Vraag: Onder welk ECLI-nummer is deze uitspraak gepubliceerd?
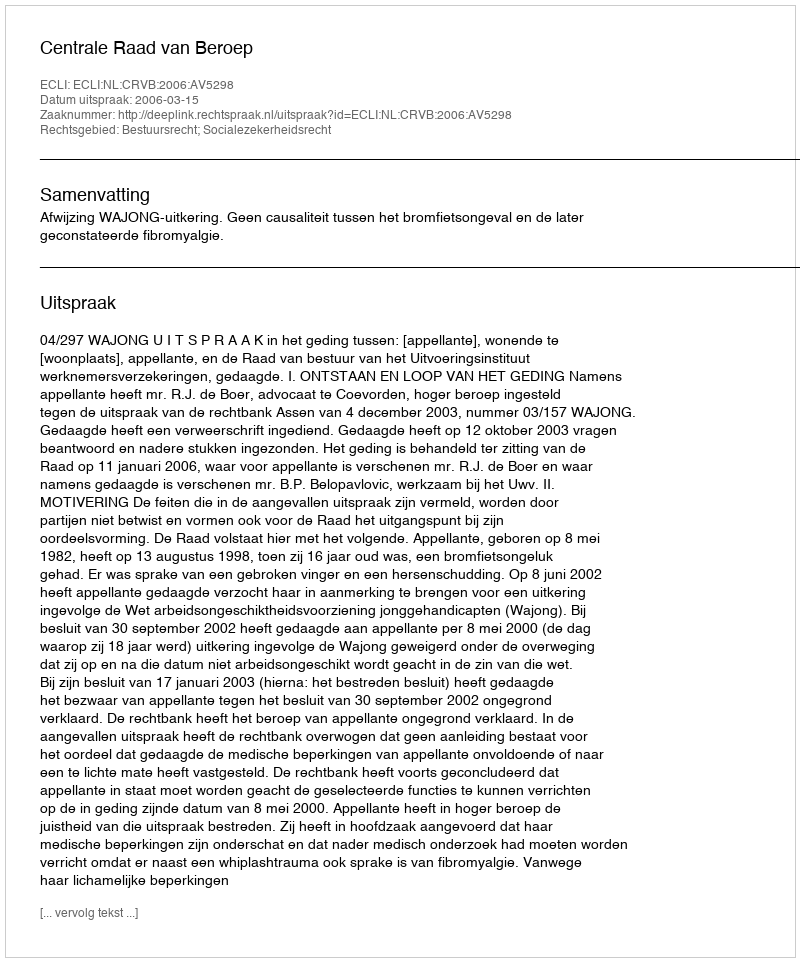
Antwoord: ECLI:NL:CRVB:2006:AV5298